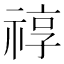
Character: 𥚠